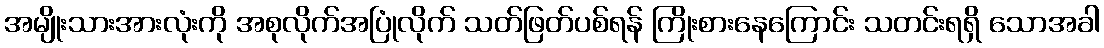
အမျိုးသားအားလုံးကို အစုလိုက်အပြုံလိုက် သတ်ဖြတ်ပစ်ရန် ကြိုးစားနေကြောင်း သတင်းရရှိ သောအခါ